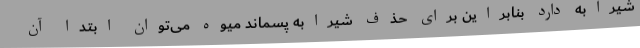
شیرابه دارد بنابراین برای حذف شیرابه پسماند میوه می‌توان ابتدا آن